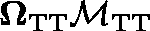
\mathbf { \Omega } _ { \mathrm { T T } } \mathbf { \mathcal { M } } _ { \mathrm { T T } }